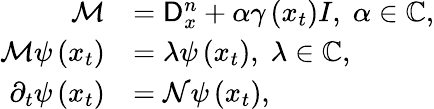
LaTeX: \begin{array}{rl}{\mathcal{M}}&{=\mathsf{D}_{x}^{n}+\alpha\gamma\left(x_{t}\right)I,\; \alpha\in\mathbb{C},}\\ {\mathcal{M}\psi\left(x_{t}\right)}&{=\lambda\psi\left(x_{t}\right),\; \lambda\in\mathbb{C},}\\ {\partial_{t}\psi\left(x_{t}\right)}&{=\mathcal{N}\psi\left(x_{t}\right),}\end{array}